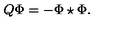
Q \Phi = - \Phi \star \Phi .